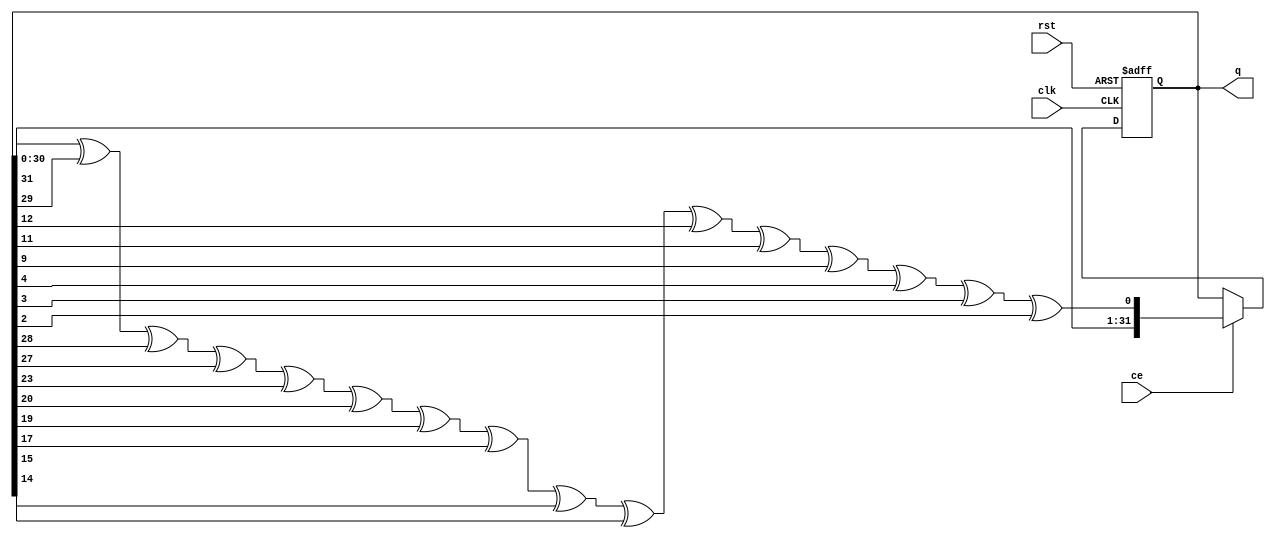
///////////////////////////////////////////////////////////////////////////////////////////////////
//
// File history:
//      Version 1: 2015-03-24: Created
//
// Description: 
//
// Poisson process generator. 
// Generate Poisson process with desired inversed rate (number of clocks per hit).
// The rate is defined by parameter LN2_PERIOD. For example, the LN2_PERIOD=4 will generate 
// in average one pulse per 16 clocks.
// 
//
/////////////////////////////////////////////////////////////////////////////////////////////////// 
`timescale 1ns/1ps

//''''''''''''''''''''''''''''''''''''''''''''''''''''''''''''''''''''
module pseudo_random(input  clk, ce, rst, output reg [31:0] q);
// 32-bit uniform pseudo-random number generator, based on fibonacci LFSR
// Other 32-bit uniform random generators can be used as well.

wire feedback = q[31]^q[29]^q[28]^ q[27]^ q[23]^q[20]^ q[19]^q[17]^ q[15]^q[14]^q[12]^ q[11]^q[9]^ q[4]^ q[3]^q[2];
//feedback term B89ADA1C, other terms can be found from this table
// http://www.ece.cmu.edu/~koopman/lfsr/index.html

always @(posedge clk or posedge rst)
  if (rst) 
    q <= 32'haaaaaaaa;   // the start is more random with this initialization
  else if (ce)
    q <= {q[30:0], feedback} ;
endmodule
//,,,,,,,,,,,,,,,,,,,,,,,,,,,,,,,,,,,,,,,,,,,,,,,,,,,,,,,,,,,,,,,,,,,,
//''''''''''''''''''''''''''''''''''''''''''''''''''''''''''''''''''''
module random_pulse_generator( input clk, ce, rst, output reg q);

parameter LN2_PERIOD = 4; // 1 < LN2_PERIOD < 31
// log2 of the inversed process rate , 

parameter MASK = {LN2_PERIOD{1'b0}}; // any number with LN2_PERIOD bits can be used as a MASK
wire [31:0] uniform_random;
wire [LN2_PERIOD-1:0] sample;
pseudo_random pseudo_random_gen(clk, ce, rst, uniform_random);

assign sample = uniform_random[LN2_PERIOD-1:0]; // any subset of LN2_PERIOD bits can be used as a sample
always @ (posedge clk)
    if(ce) begin
        if (sample == MASK) q <= 1'b1;
        if (q) q <= 1'b0;
    end
endmodule
//,,,,,,,,,,,,,,,,,,,,,,,,,,,,,,,,,,,,,,,,,,,,,,,,,,,,,,,,,,,,,,,,,,,,